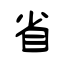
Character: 省